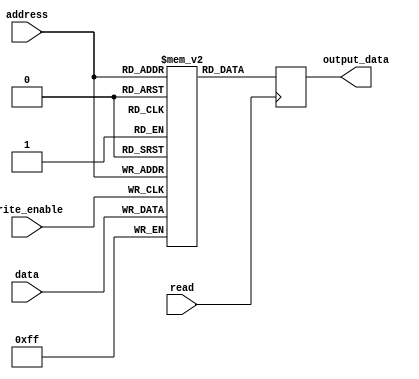
module prom (
    input [7:0] address,
    input write_enable,
    input read,
    input [7:0] data,
    output reg [7:0] output_data
);

reg [7:0] memory [0:255];

always @ (posedge write_enable)
begin
    memory[address] <= data;
end

always @ (posedge read)
begin
    output_data <= memory[address];
end

endmodule